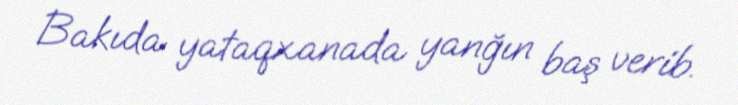
Bakıda yataqxanada yanğın baş verib.